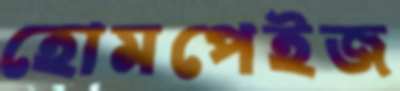
হোমপেইজ